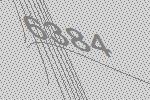
6384